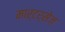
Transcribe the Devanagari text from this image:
मार्टर्सेज़